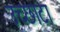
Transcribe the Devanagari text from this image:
उच्छाटा